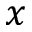
x